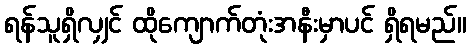
ရန်သူရှိလျှင် ထိုကျောက်တုံးအနီးမှာပင် ရှိရမည်။